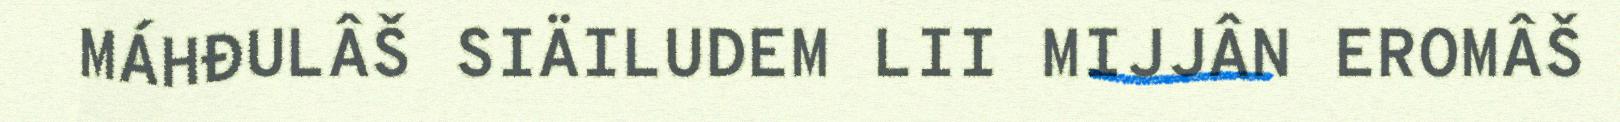
MÁHĐULÂŠ SIÄILUDEM LII MIJJÂN EROMÂŠ